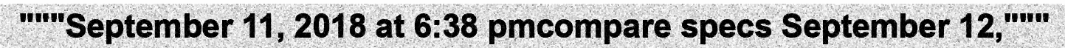
"""September 11, 2018 at 6:38 pmcompare specs September 12,"""